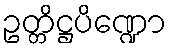
ဥတ္တိဋ္ဌပိဏ္ဍော